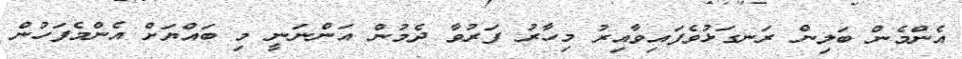
އެންމެން ބަލިން ރަނގަޅުވެފައިވާއިރު މިހާރު ފަރުވާ ދެމުން އަންނަނީ މި ބައްޔަށް އެންމެފަހުން